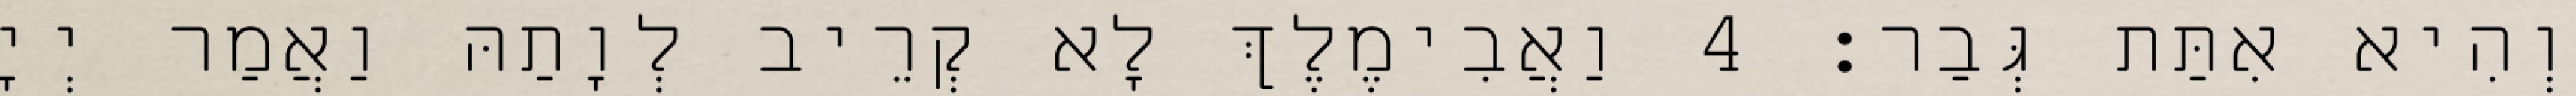
וְהִיא אִתַּת גְּבַר׃ 4 וַאֲבִימֶלֶךְ לָא קְרֵיב לְוָתַהּ וַאֲמַר יְיָ